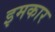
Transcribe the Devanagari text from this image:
इमकार